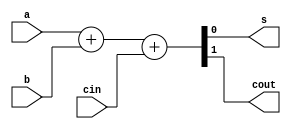
module full_adder(a, b, cin, s, cout);
    parameter delay = 1;
    
    input   a, b, cin;
    output  s, cout;

    assign #1 {cout, s} = a + b + cin;
endmodule